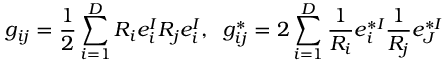
g _ { i j } = \frac { 1 } { 2 } \sum _ { i = 1 } ^ { D } R _ { i } e _ { i } ^ { I } R _ { j } e _ { i } ^ { I } , \; \; g _ { i j } ^ { * } = 2 \sum _ { i = 1 } ^ { D } \frac { 1 } { R _ { i } } e _ { i } ^ { * I } \frac { 1 } { R _ { j } } e _ { J } ^ { * I }